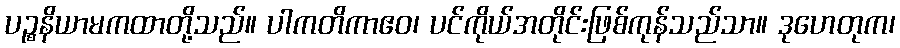
ပဉ္စနိယာမကထာတို့သည်။ ပါကတိကာဧဝ၊ ပင်ကိုယ်အတိုင်းဖြစ်ကုန်သည်သာ။ ဒုဟေတုက၊